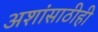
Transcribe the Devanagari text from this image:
अशांसाठीही